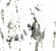
الكابلات